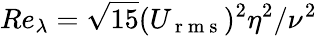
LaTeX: Re_{\lambda}=\sqrt{15}(U_{\mathrm{~r~m~s~}})^{2}\eta^{2}/\nu^{2}